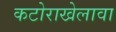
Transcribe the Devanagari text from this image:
कटोराखेलावा